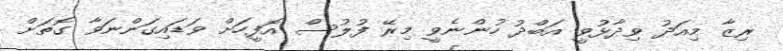
ރިޒާ މިއަދު ވިދާޅުވީ އަބްދު ހުންނެވީ މިރޭ ފުލުސް އޮފީހަށް ވަޑައިގަންނަވާ ގޮތަށް